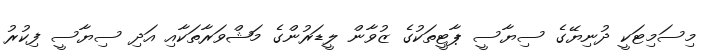
މިސަމިޓަކީ ދުނިޔޭގެ ސިޔާސީ ޕާޓީތަކުގެ ޒުވާން ލީޑަރުންގެ މަޝްވަރާތަކާއި އަދި ސިޔާސީ ފިކުރު